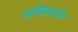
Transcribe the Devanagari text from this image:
शक्तिवर्धन